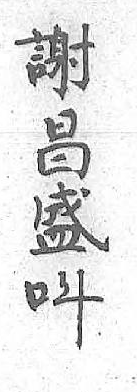
謝呌昌 盛